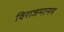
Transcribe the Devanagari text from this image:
विराजमानम